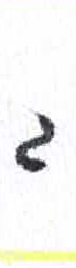
אות: ג